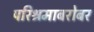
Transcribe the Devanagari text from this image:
परिश्रमाबरोबर